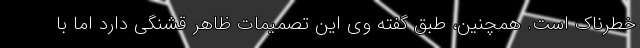
خطرناک است. همچنین، طبق گفته وی این تصمیمات ظاهر قشنگی دارد اما با